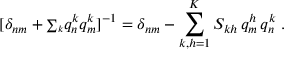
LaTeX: [ \delta _ { n m } + { \scriptstyle \sum _ { k } } q _ { n } ^ { k } q _ { m } ^ { k } ] ^ { - 1 } = \delta _ { n m } - \sum _ { k , h = 1 } ^ { K } S _ { k h } \, q _ { m } ^ { h } \, q _ { n } ^ { k } \ .